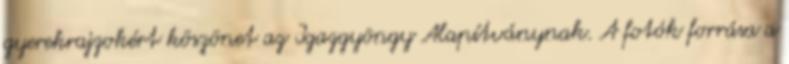
gyerekrajzokért köszönet az Igazgyöngy Alapítványnak. A fotók forrása a